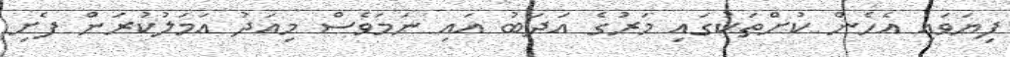
ފިޔަވައި އެހެން ކުށްތަކުގައި މަރުގެ އަދަބު އައި ނަމަވެސް މިއަދު އަމަލުކުރަން ފެށި